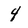
Character: 4